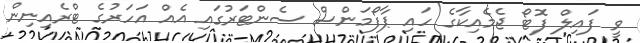
ވީ ފައިލް ފޮޓޯ ޖެމެއިކާގެ ހައި ޕާފޯމަންސް ސެންޓަރުގައި އެއް އަހަރުގެ ޓްރެއިނިން